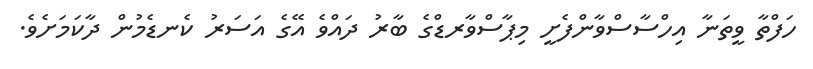
ހަފްތާ ވީތަނާ އިހްސާސްވާންފެށީ މިޕާސްވާރޑްގެ ބާރު ދައްވެ އޭގެ އަސަރު ކެނޑެމުން ދާކަމަށެވެ.